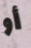
أو